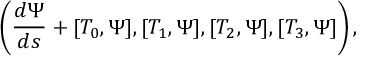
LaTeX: \left( \frac { d \Psi } { d s } + [ { T } _ { 0 } , \Psi ] , [ { T } _ { 1 } , \Psi ] , [ { T } _ { 2 } , \Psi ] , [ { T } _ { 3 } , \Psi ] \right) ,